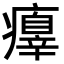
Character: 𤻁